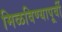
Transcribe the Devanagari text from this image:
मिळविण्यापूर्वी